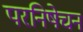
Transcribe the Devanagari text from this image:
परनिषेचन